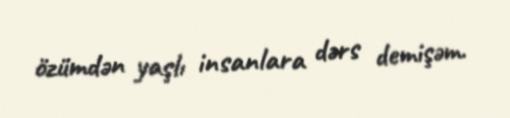
özümdən yaşlı insanlara dərs demişəm.